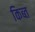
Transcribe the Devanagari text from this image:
किब्त